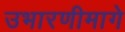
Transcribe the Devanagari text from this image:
उभारणीमागे